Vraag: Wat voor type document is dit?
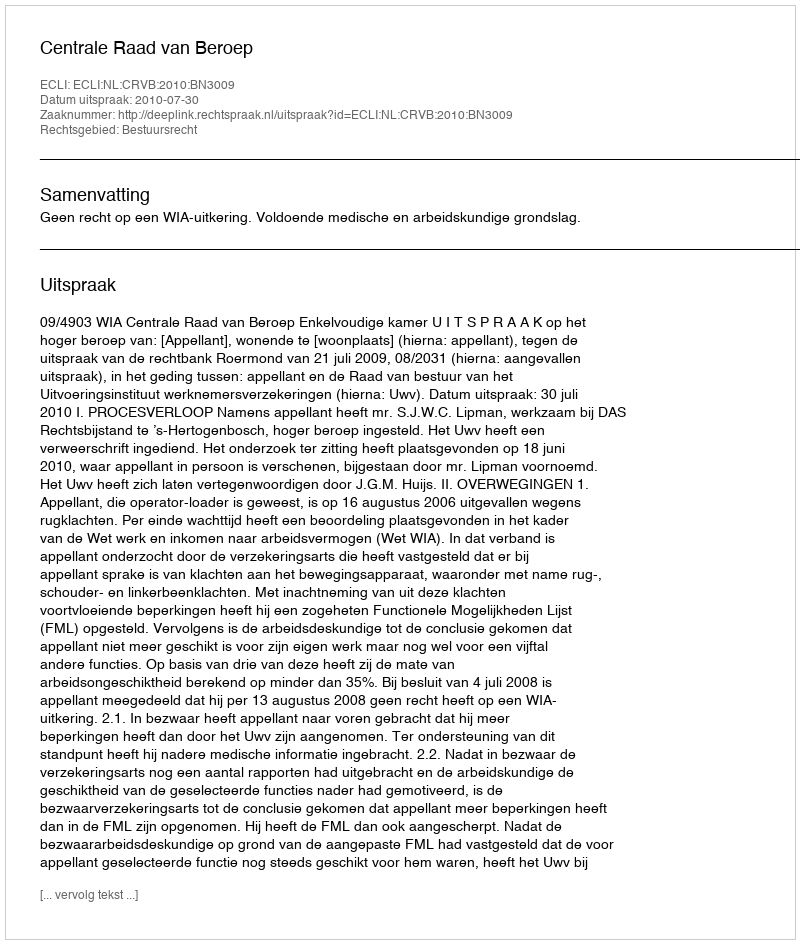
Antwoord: Uitspraak